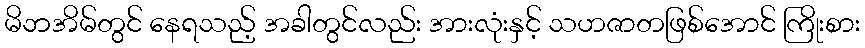
မိဘအိမ်တွင် နေရသည့် အခါတွင်လည်း အားလုံးနှင့် သဟဇာတဖြစ်အောင် ကြိုးစား